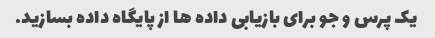
یک پرس و جو برای بازیابی داده ها از پایگاه داده بسازید.